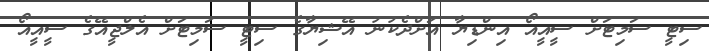
ސިޓީ ސަމިޓަށް ސީއީއޯ އިންޑިޔާ އަށްދެކުނު އޭޝިޔާގެ ސިޓީ ސަމިޓަށް އެލްޖީއޭގެ ސީއީއޯ